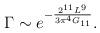
LaTeX: \begin{align*}\Gamma \sim e^{-\frac{2^{11}L^{9}}{3\pi ^{4}G_{11}}}.\end{align*}